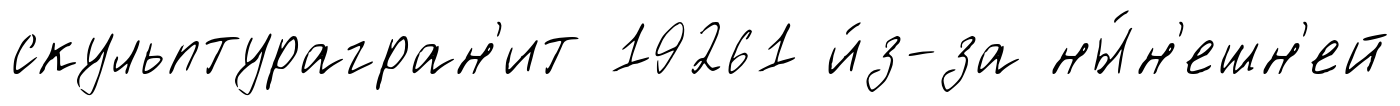
скульптурагран'ит 19261 и́з-за ны́н'ешн'ей